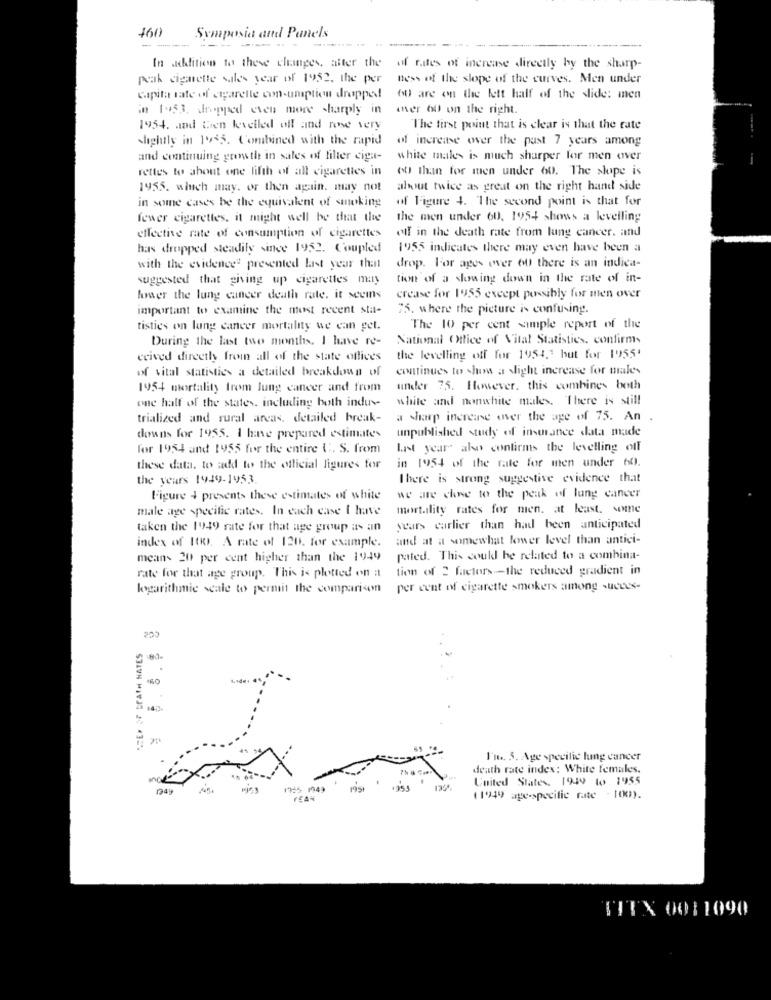
460
Symposia and Panels
-------------
In akfition to these changes, after the
of rates of increase directly hy the sharp-
peak cigarette sales year of 1952, the per
ness of the slope of the curves. Men under
Capita rate of cigarette con-umption dropped
OD are on the lett half of the slide: men
in 1953, dropped even more sharply in
over 60 on the right.
1954. and then levelled off and ree very
The first point that is clear is that the rate
slightly in 1945. Combined with the rapid
of increase over the past 7 years among
and continuing grensthe in sales of filter ciga-
white males is much sharper for men over
rettes to about one fifth of all cigarettes in
ob than for men under 60. The slope is
1955. winch may. or then again. may not
about twice as great on the right hand side
in some cases be the equivalent of smoking
of Figure 4. The second point is that for
fewer cigarettes. it might well be that the
the men under 60, 1954 shows a levelling
off in the death rate from lung cancer. and
effective rate of consumption of cigarettes
has dropped steadily since 1952. Coupled
1955 indicates there may even have been a
with the evidence" presented Last year that
drop. l'or ages over 60 there is an indica-
suggested that giving up cigarettes may
tion of a slowing down in the rate of in-
lower the lung cancer death rate. it seems
crease for 1955 except possibly for men over
important to examine the most recent sta-
75. where the picture is confusing.
tisties on lung cancer mortality we can get.
The 10 per cent sample report of the
During the last two months. I have re-
National Office of Vital Statistics. confirms
ceived directly from all of the state offices
the levelling off for 1954, but for 1955'
of vital statistics a detailed breakdown of
continues to show a slight increase for males
1954 mortality from lung cancer and from
under 75. However. this combines both
one half of the states. including both indus-
white and nonwhite males. There is still
trialized and rural areas, detailed break-
a sharp increase over the age of 75. An
.
unpublished study of insurance data made
downs for 1955. I have prepared estimates
for 1954 and 1955 for the entire C ., S. from
Last year also confirms the levelling off
in 1954 of the rate for men under 60).
these data. to add to the official figures for
the years 1949-1953.
There is strong suggestive evidence that
Figure + presents these estimates of white
we are chne to the peak of lung cancer
male age specific rates. In each case i have
mortality rates for men. at least. some
taken the 1949 rate for that age group as an
years earlier than had been anticipated
and at a somewhat lower level than antici-
index of 100. A rate of 120. for example.
means 20 per cent higher than the 1949
pated. This could be related to a combina-
tion of 2 factors -- the reduced gradient in
rate for that age group. This is plotted on a
logarithmic scale to permit the comparison
per cent of cigarette smokers among succes-
253
"CEP OF DEATH HATES
I'm. 5. Age specific lung cancer
death rate index: White females.
United States 1949 to 1955
949
7:5 1949
195t
1353
PEAN
(1949 age-specific rate - ((X)).
TITX 0011090